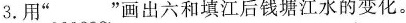
3.用”~”画出六和填江后钱塘江水的变化。